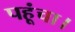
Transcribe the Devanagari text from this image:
पहूंचा।